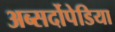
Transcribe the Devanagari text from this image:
अब्सर्दोपेडिया